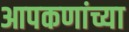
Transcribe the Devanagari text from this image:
आपकणांच्या